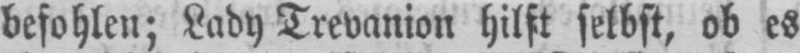
befohlen; Lady Trevanion hilft selbst, ob es